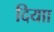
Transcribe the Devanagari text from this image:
दियाा